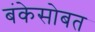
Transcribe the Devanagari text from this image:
बंकेसोबत